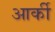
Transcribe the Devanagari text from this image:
आर्की